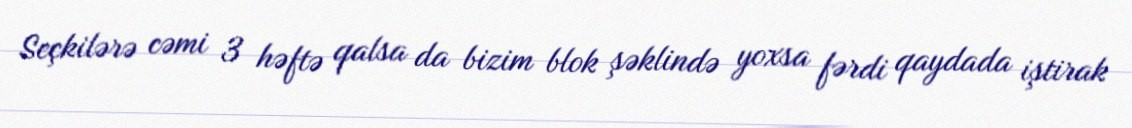
Seçkilərə cəmi 3 həftə qalsa da bizim blok şəklində yoxsa fərdi qaydada iştirak